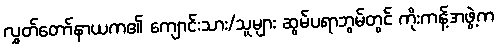
လွှတ်တော်နာယက၏ ကျောင်းသား/သူများ ဆွမ်ပရာဘွမ်တွင် ကိုးကန့်အဖွဲ့က